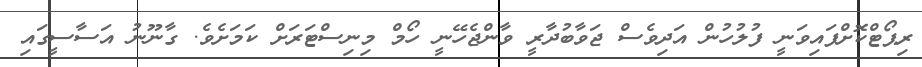
ރިޕޯޓްކޮށްފައިވަނީ ފުލުހުން އަދިވެސް ޖަވާބުދާރީ ވާންޖެހޭނީ ހޯމް މިނިސްޓަރަށް ކަަމަށެވެ. ގާނޫނު އަސާސީގައި